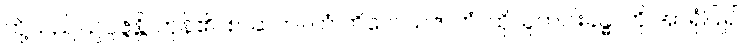
တို့သည်။ ဥပ္ပဇ္ဇန္တိ၊ ကုန်၏။ စ၊ ဆက်။ တံ ကိလေသဇာတံ၊ ထိုသူတပါးခန္ဓာကို အာရုံပြု၍